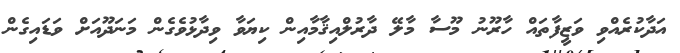
އަދާކުރެއްވި ވަޒީފާތައް ހާރޫނު މޫސާ މާލޭ ދާރުލްއިޤާމާއިން ކިޔަވާ ވިދާޅުވެގެން މަނަދޫއަށް ވަޑައިގެން